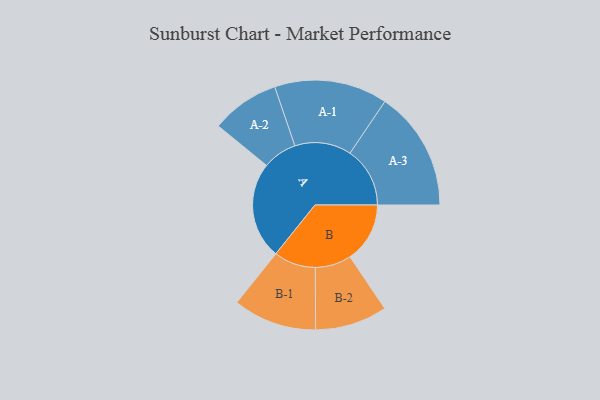
{"axis": {"x": "Segment", "y": "Value"}, "legend": ["", "A", "B"], "data": [{"x": "A", "y": 459, "type": ""}, {"x": "B", "y": 284, "type": ""}, {"x": "A-1", "y": 268, "type": "A"}, {"x": "A-2", "y": 162, "type": "A"}, {"x": "A-3", "y": 284, "type": "A"}, {"x": "B-1", "y": 198, "type": "B"}, {"x": "B-2", "y": 171, "type": "B"}]}